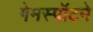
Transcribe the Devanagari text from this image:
गेमस्पॉटने